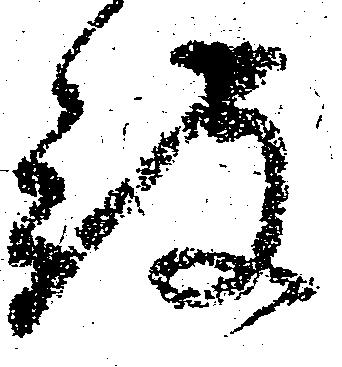
被